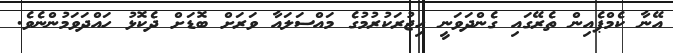
އޭނާ ކެމްޕެއިން ތެރޭގައި ގެންދަވަނީ ހިޖުރަކުރުމުގެ މައްސަލައާ ވަރަށް ބޮޑަށް ދެކޮޅު ހައްދަވަމުންނެވެ.